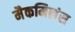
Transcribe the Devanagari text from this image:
मैकमिलंस